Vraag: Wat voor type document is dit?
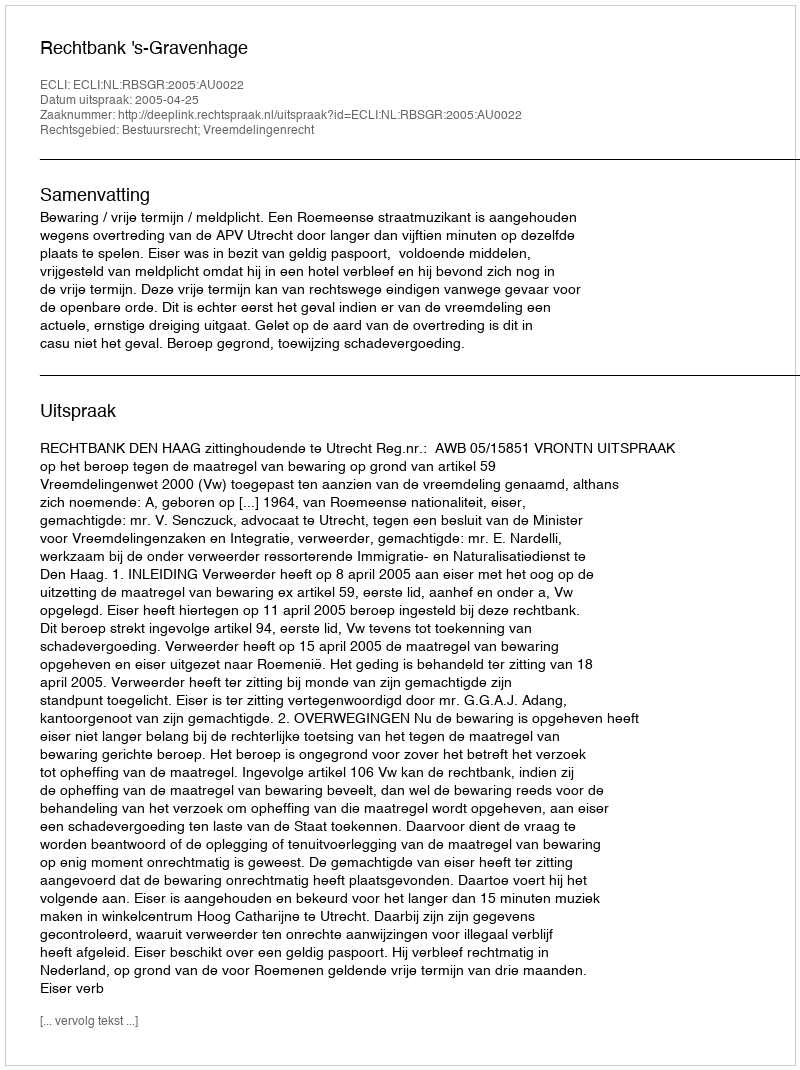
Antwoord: Uitspraak